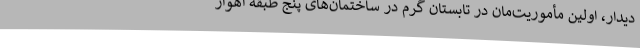
دیدار، اولین مأموریت‌مان در تابستان گرم در ساختمان‌های پنج طبقه اهواز